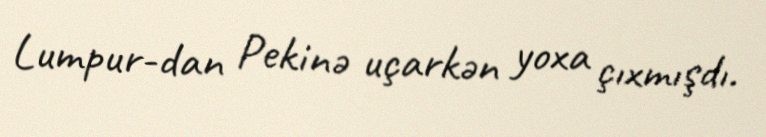
Lumpur-dan Pekinə uçarkən yoxa çıxmışdı.